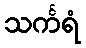
သင်္ကရံ